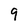
Character: 9